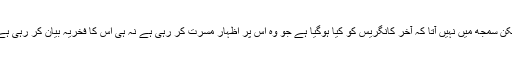
لیکن سمجھ میں نہیں آتا کہ آخر کانگریس کو کیا ہوگیا ہے جو وہ اس پر اظہار مسرت کر رہی ہے نہ ہی اس کا فخریہ بیان کر رہی ہے۔